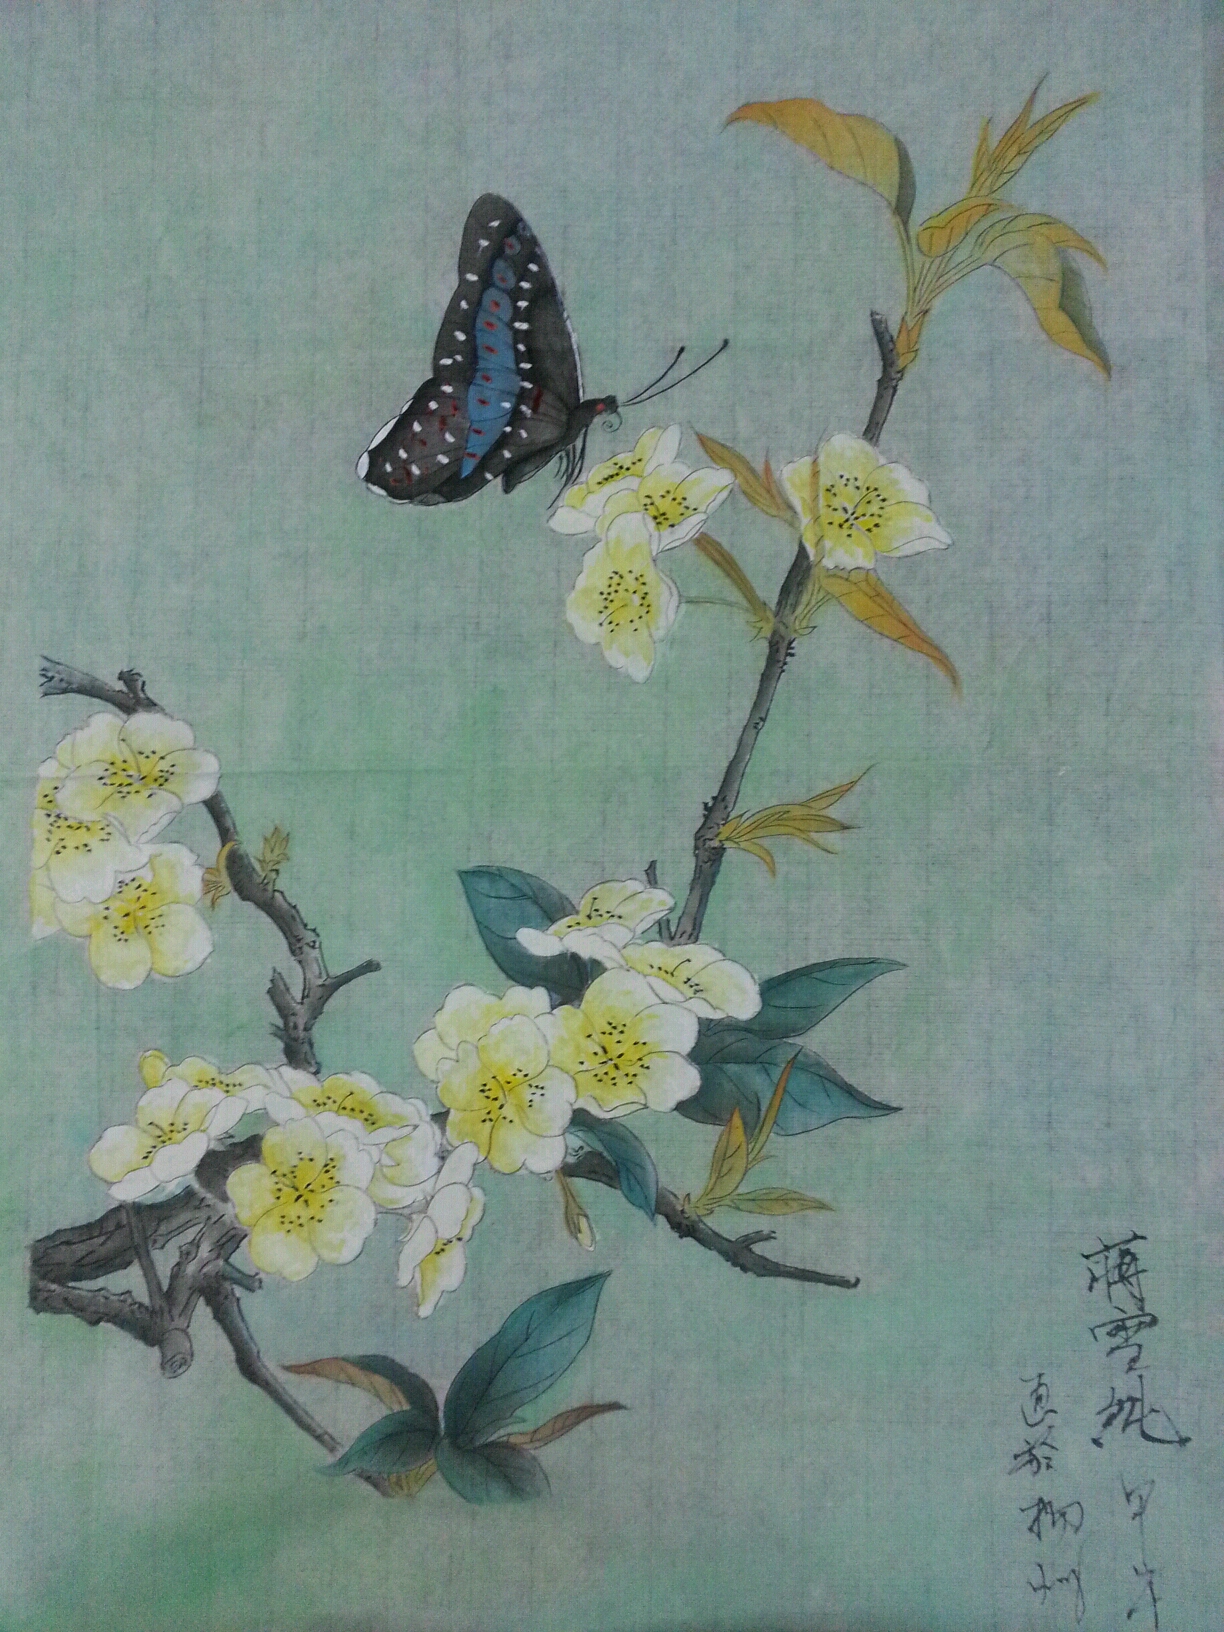
夜来能有几多寒，已瘦了梨花一半。